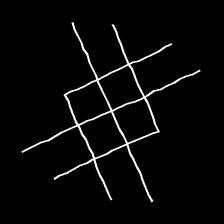
Glyph: crystal